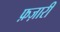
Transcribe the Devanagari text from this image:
फ़ज़ारी